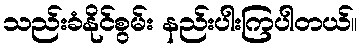
သည်းခံနိုင်စွမ်း နည်းပါးကြပါတယ်။